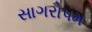
સાગરોપમ